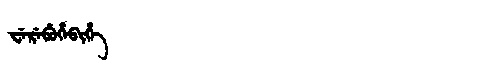
Manchu: ᠸᡝᡵᡝᠪᡠᡥᡝᠪᡳᡥᡝ
Romanization: WEREBUHEBIHE